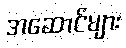
အဆောင်များ